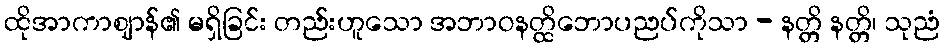
ထိုအာကာဈာန်၏ မရှိခြင်း တည်းဟူသော အဘာဝနတ္ထိဘောပညပ်ကိုသာ - နတ္တိ နတ္တိ၊ သုညံ